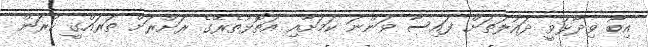
އިބޫ ވިދާޅުވީ ދައުލަތަށް ފައިސާ ވަންނަ ކަމަށާއި އަތޮޅުތެރޭގެ ރަށްރަށް ތަރައްގީ ކުރަން